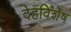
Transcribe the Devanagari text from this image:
देहविशेष